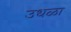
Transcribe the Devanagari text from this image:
उधळा